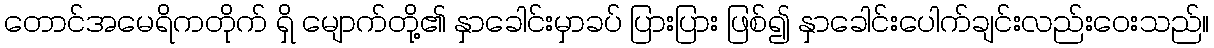
တောင်အမေရိကတိုက် ရှိ မျောက်တို့၏ နှာခေါင်းမှာခပ် ပြားပြား ဖြစ်၍ နှာခေါင်းပေါက်ချင်းလည်းဝေးသည်။